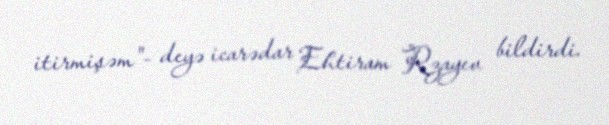
itirmişəm"- deyə icarədar Ehtiram Rzayev bildirdi.